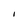
Character: I